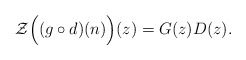
\begin{align*} \mathcal{Z}\Big((g\circ d)(n)\Big)(z) = G(z) D(z). \end{align*}